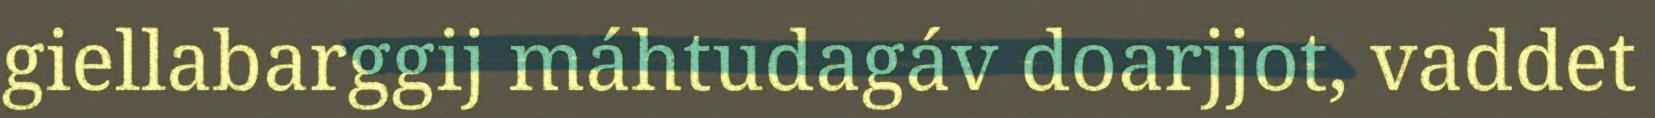
giellabarggij máhtudagáv doarjjot, vaddet